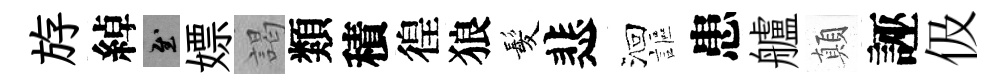
斿綽慰嫖謁類積徨狼髪悲洄謳患艫顛誣伋